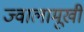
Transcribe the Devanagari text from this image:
ज्वालामूखी